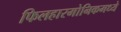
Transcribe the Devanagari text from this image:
फिलहारमोनिकमध्ये